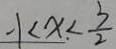
- 1 < x . < \frac { 3 } { 2 }